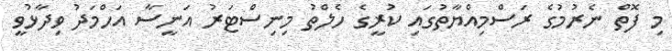
މި ފޮތް ނެރުމުގެ ރަސްމިއްޔާތުގައި ކުރީގެ ހެލްތު މިނިސްޓަރު އަނީސާ އަހްމަދު ވިދާޅުވީ